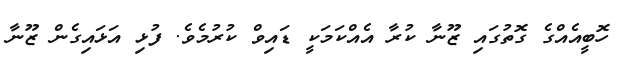
ހޮބީއެއްގެ ގޮތުގައި ޒޫނާ ކުރާ އެއްކަމަކީ ޑައިވް ކުރުމެވެ. ފުޅި އަޅައިގެން ޒޫނާ